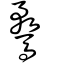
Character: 騖